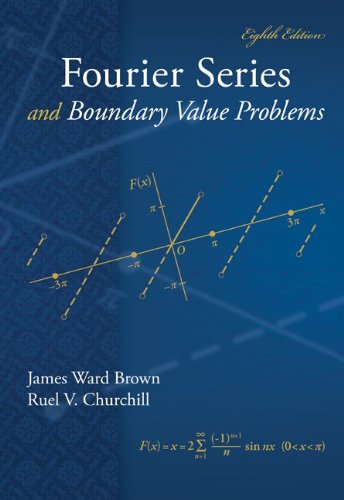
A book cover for Fourier Series and Boundary Value Problems (Brown and Churchill Series); James Brown; Science & Math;